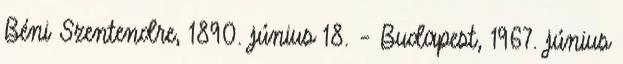
Béni Szentendre, 1890. június 18. – Budapest, 1967. június